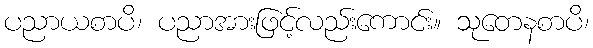
ပညာယစာပိ၊ ပညာအားဖြင့်လည်းကောင်း။ သုတေနစာပိ၊